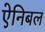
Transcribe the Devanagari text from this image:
ऐनिबल